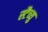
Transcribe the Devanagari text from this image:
स्टैच्यु